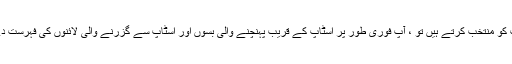
جب آپ اسٹاپ کو منتخب کرتے ہیں تو ، آپ فوری طور پر اسٹاپ کے قریب پہنچنے والی بسوں اور اسٹاپ سے گزرنے والی لائنوں کی فہرست دے سکتے ہیں۔